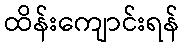
ထိန်းကျောင်းရန်